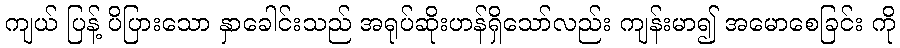
ကျယ် ပြန့် ပိပြားသော နှာခေါင်းသည် အရုပ်ဆိုးဟန်ရှိသော်လည်း ကျန်းမာ၍ အမောစေခြင်း ကို